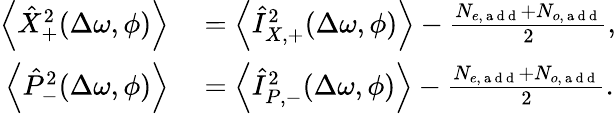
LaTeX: \begin{array}{rl}{\left<{\hat{X}_{+}^{2}}(\Delta\omega,\phi)\right>}&{{}=\left<{\hat{I}_{X,+}^{2}}(\Delta\omega,\phi)\right>-\frac{N_{e,\mathrm{~a~d~d~}}+N_{o,\mathrm{~a~d~d~}}}{2},}\\ {\left<{\hat{P}_{-}^{2}}(\Delta\omega,\phi)\right>}&{{}=\left<{\hat{I}_{P,-}^{2}}(\Delta\omega,\phi)\right>-\frac{N_{e,\mathrm{~a~d~d~}}+N_{o,\mathrm{~a~d~d~}}}{2}.}\end{array}